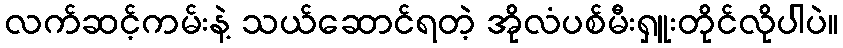
လက်ဆင့်ကမ်းနဲ့ သယ်ဆောင်ရတဲ့ အိုလံပစ်မီးရှူးတိုင်လိုပါပဲ။